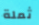
ثملة